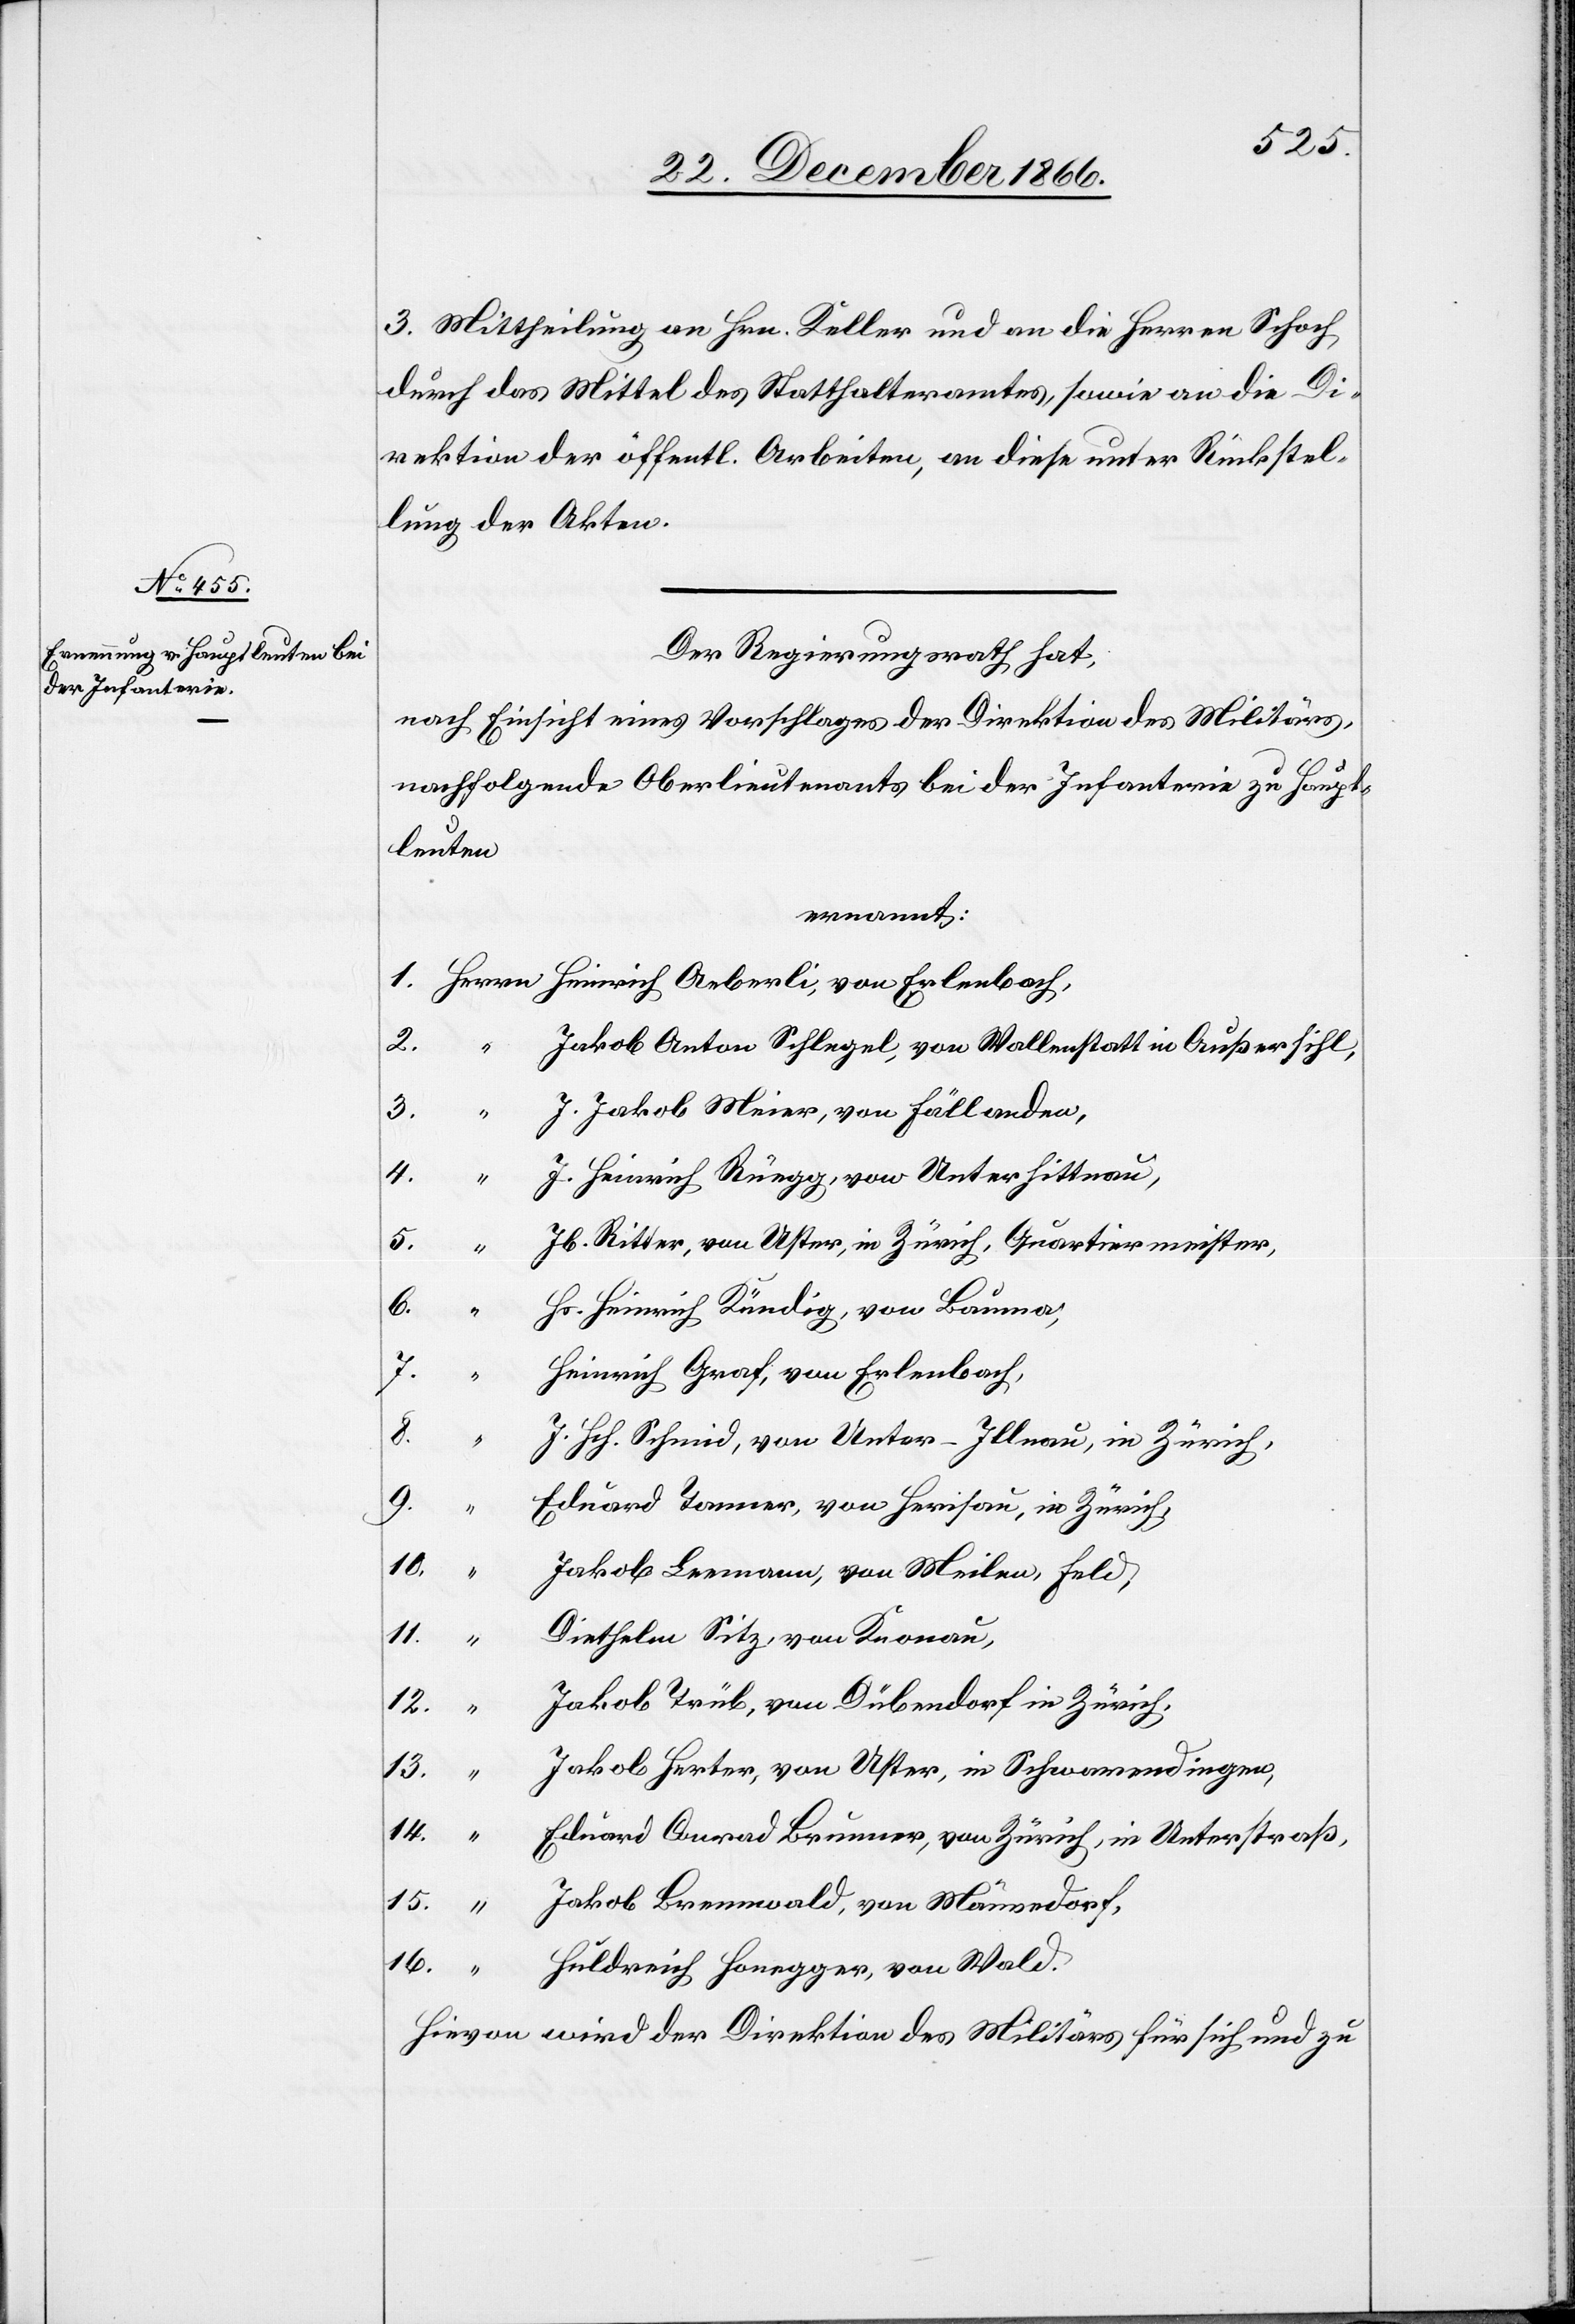
3. Mittheilung an Hrn. Keller und an die Herren Schoch
durch das Mittel des Statthalteramtes, sowie an die Di¬
rektion der öffentl. Arbeiten, an diese unter Rückstel¬
lung der Akten.
Der Regierungsrath hat,
nach Einsicht eines Vorschlages der Direktion des Militärs,
nachfolgende Oberlieutenants bei der Infanterie zu Haupt¬
leuten
ernannt:
Jakob Anton Schlegel, von Wallenstatt in Außersihl,
J. Jakob Meier, von Fällanden,
J. Heinrich Rüegg, von Unterhittnau,
Jb. Ritter, von Uster, in Zürich, Quartiermeister,
6.
Hs. Heinrich Kündig, von Bauma,
7.
Heinrich Graf, von Erlenbach,
Herrn
8.
16.
J. Hch. Schmid, von Unter-Illnau, in Zürich,
9.
Eduard Tanner, von Herisau, in Zürich,
10.
“
Jakob Leemann, von Meilen, Feld,
Diethelm Sitz, von Knonau,
12.
Jakob Trüb, von Dübendorf, in Zürich,
13.
Jakob Herter, von Uster, in Schwamendingen,
15.
Eduard Conrad Brunner, von Zürich, in Unterstraß,
Jakob Brennwald, von Männedorf,
Huldreich Honegger, von Wald.
Hievon wird der Direktion des Militärs für sich und zu